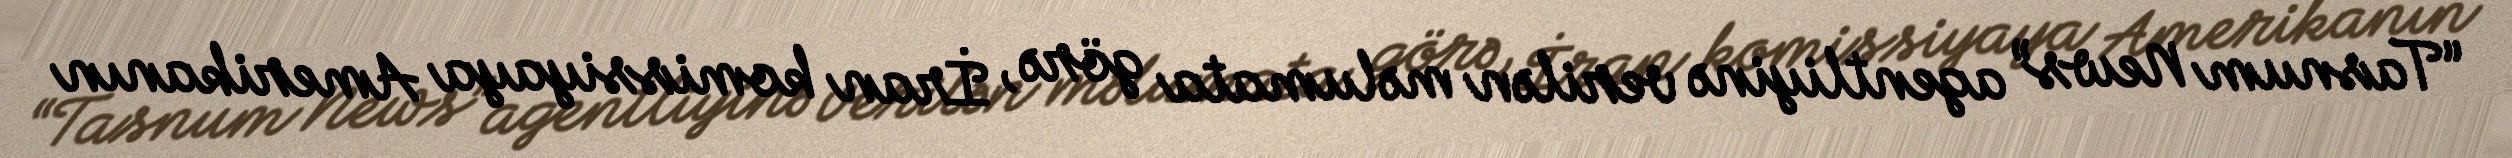
“Tasnum News” agentliyinə verilən məlumata görə, İran komissiyaya Amerikanın